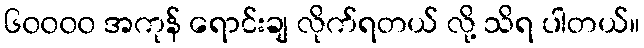
၆၀၀၀၀ အကုန် ရောင်းချ လိုက်ရတယ် လို့ သိရ ပါတယ်။